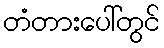
တံတားပေါ်တွင်